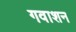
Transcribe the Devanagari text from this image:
गवाशन